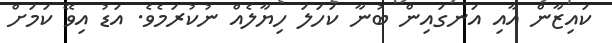
ކައިޒާން އާއި އަނގައިން ބުނާ ކަހަލަ ހިޔާލެއް ނުކުރަމެވެ. އަޑު އިވޭ ކަމަށް